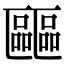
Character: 𠥺